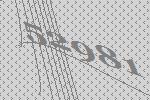
52981